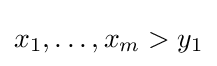
x_{1},\ldots ,x_{m}>y_{1}